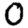
Digit: 0